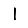
Digit: 1